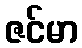
ဇင်မာ